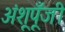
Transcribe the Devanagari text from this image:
अंशूपूँजी